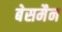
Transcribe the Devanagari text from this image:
बेसमैन